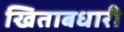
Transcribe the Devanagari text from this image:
खिताबधारी